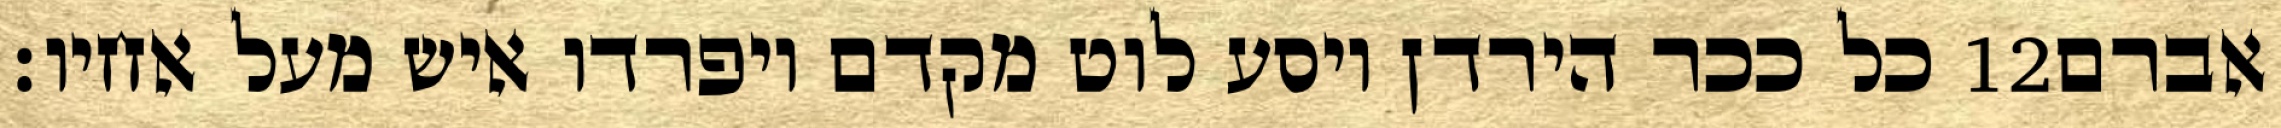
כל ככר הירדן ויסע לוט מקדם ויפרדו איש מעל אחיו׃ ‎12‏ אברם